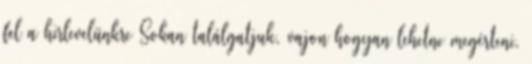
fel a hirlevelünkre Sokan találgatjuk, vajon hogyan lehetne megérteni,